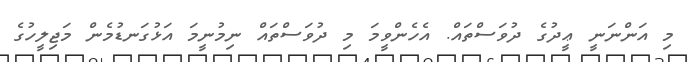
މި އަންނަނީ ޢީދުގެ ދުވަސްތައް. އެހެންވީމަ މި ދުވަސްތައް ނިމުނީމަ އަޅުގަނޑުމެން މަޖިލީހުގެ